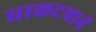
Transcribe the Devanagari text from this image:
धाकटयानें